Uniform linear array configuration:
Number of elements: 8
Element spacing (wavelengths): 1
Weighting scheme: binomial
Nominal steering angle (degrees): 30
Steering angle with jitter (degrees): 29.74
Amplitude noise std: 0.05
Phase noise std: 0.05

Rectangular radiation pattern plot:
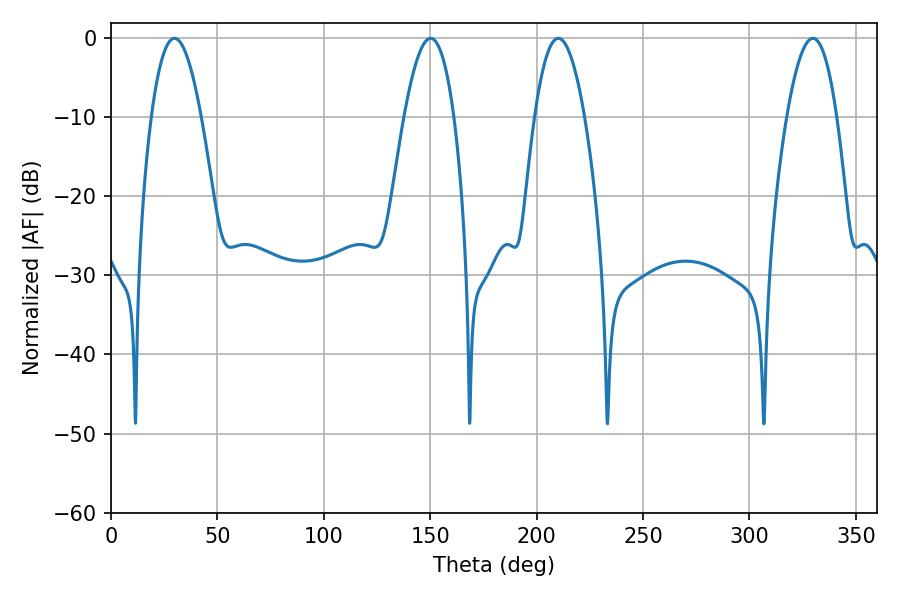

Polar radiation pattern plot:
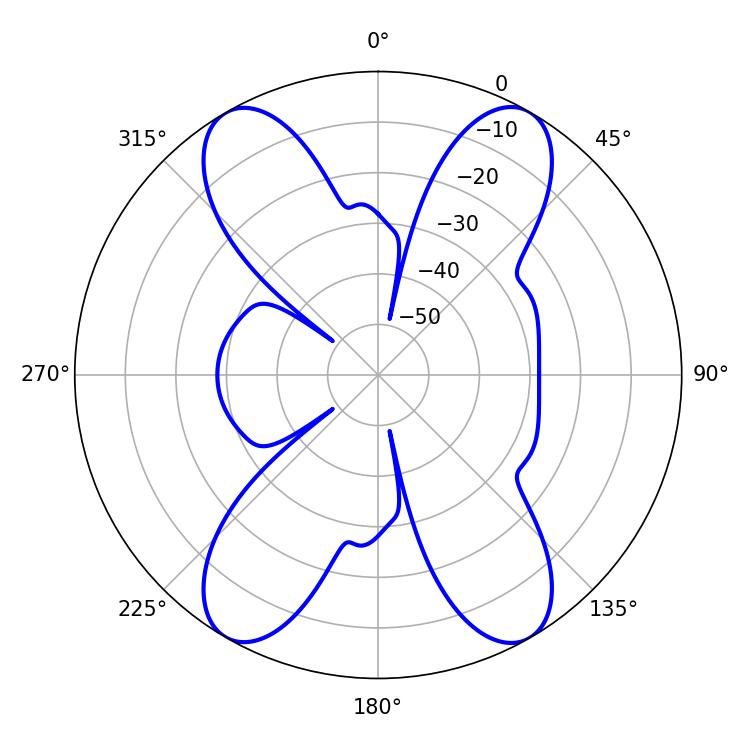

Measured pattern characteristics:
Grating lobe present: TRUE
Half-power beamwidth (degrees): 12.96
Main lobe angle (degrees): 210.24